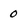
Character: 0